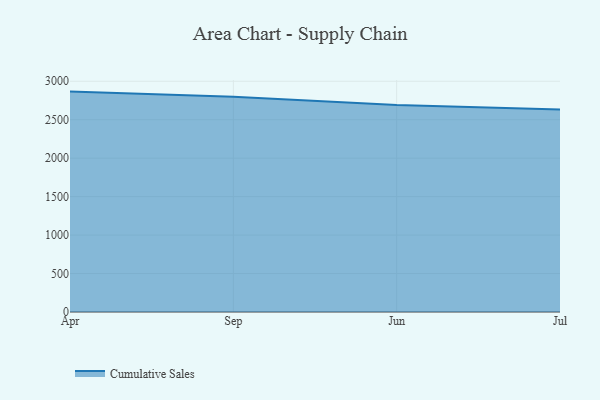
{"axis": {"x": "Month", "y": "Inventory Turnover"}, "legend": ["Cumulative Sales"], "data": [{"x": "Apr", "y": 2865.4, "type": "Cumulative Sales"}, {"x": "Sep", "y": 2799.8, "type": "Cumulative Sales"}, {"x": "Jun", "y": 2690.9, "type": "Cumulative Sales"}, {"x": "Jul", "y": 2632.4, "type": "Cumulative Sales"}]}